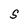
Character: S